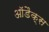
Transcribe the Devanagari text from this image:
आॅडैक्स